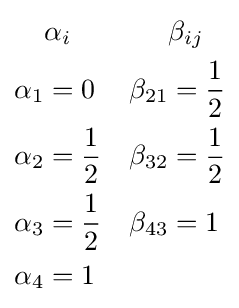
{\begin{aligned}&\alpha _{i}&&\beta _{ij}\\\alpha _{1}&=0&\beta _{21}&={\frac {1}{2}}\\\alpha _{2}&={\frac {1}{2}}&\beta _{32}&={\frac {1}{2}}\\\alpha _{3}&={\frac {1}{2}}&\beta _{43}&=1\\\alpha _{4}&=1&&\\\end{aligned}}